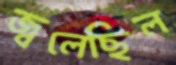
জ্বলেছিল